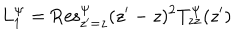
LaTeX: L _ { 1 } ^ { \Psi } = \mathrm { R e s } _ { z ^ { \prime } = z } ^ { \Psi } ( z ^ { \prime } - z ) ^ { 2 } T _ { z z } ^ { \Psi } ( z ^ { \prime } )